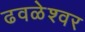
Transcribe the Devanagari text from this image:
ढवळेश्वर